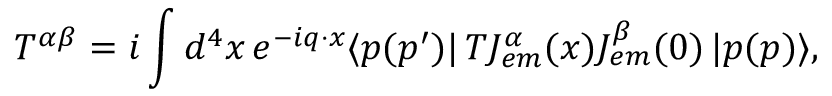
T ^ { \alpha \beta } = i \int d ^ { 4 } x \, e ^ { - i q \cdot x } \langle p ( p ^ { \prime } ) | \, T J _ { e m } ^ { \alpha } ( x ) J _ { e m } ^ { \beta } ( 0 ) \, | p ( p ) \rangle ,